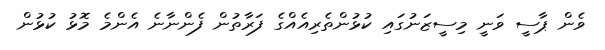
ވެން ޕާސީ ވަނީ މިސީޒަނުގައި ކުޅުންތެރިއެއްގެ ފަރާތުން ފެންނާނެ އެންމެ މޮޅު ކުޅުން